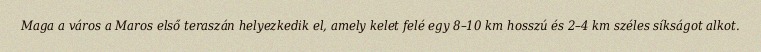
Maga a város a Maros első teraszán helyezkedik el, amely kelet felé egy 8–10 km hosszú és 2–4 km széles síkságot alkot.